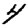
Digit: 4